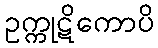
ဥက္ကုဋိကောပိ